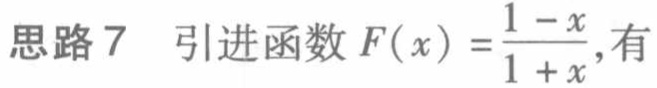
思路 7  引进函数 \(F(x)=\frac{1 - x}{1 + x}\)，有